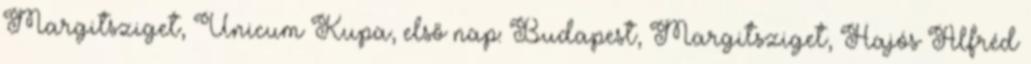
Margitsziget, Unicum Kupa, első nap: Budapest, Margitsziget, Hajós Alfréd